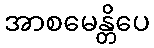
အာစမေန္တိပေ